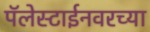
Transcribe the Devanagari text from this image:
पॅलेस्टाईनवरच्या